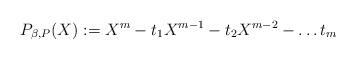
LaTeX: \begin{align*}P_{\beta, P}(X) :=X^m - t_1 X^{m-1} - t_2 X^{m-2} - \ldots t_m\end{align*}